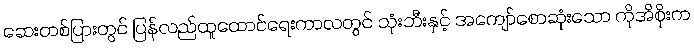
ဆေးတစ်ပြားတွင် ပြန်လည်ထူထောင်ရေးကာလတွင် သုံးဘီးနှင့် အကျော်စောဆုံးသော ကိုအိစိုးက